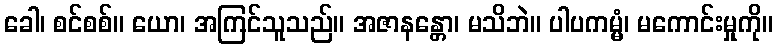
ခေါ၊ စင်စစ်။ ယော၊ အကြင်သူသည်။ အဇာနန္တော၊ မသိဘဲ။ ပါပကမ္မံ၊ မကောင်းမှုကို။